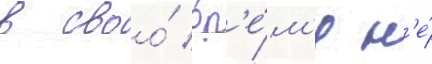
в своо́ вр'е́м'я н'е́